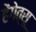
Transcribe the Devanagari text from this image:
हेंगेत्सू